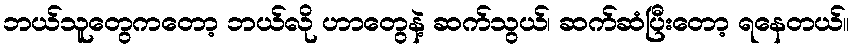
ဘယ်သူတွေကတော့ ဘယ်လို ဟာတွေနဲ့ ဆက်သွယ်၊ ဆက်ဆံပြီးတော့ ရနေတယ်။